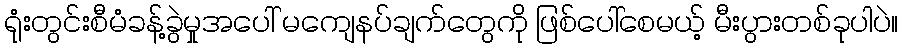
ရုံးတွင်းစီမံခန့်ခွဲမှုအပေါ် မကျေနပ်ချက်တွေကို ဖြစ်ပေါ်စေမယ့် မီးပွားတစ်ခုပါပဲ။